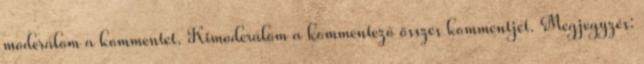
moderálom a kommentet. Kimoderálom a kommentező összes kommentjét. Megjegyzés: